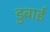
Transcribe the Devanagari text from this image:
डुबाई